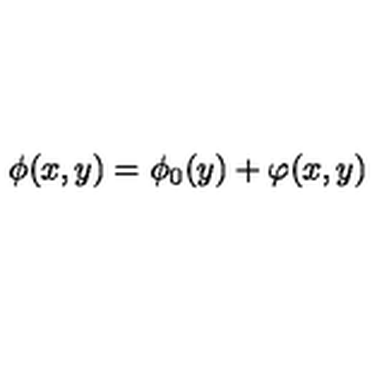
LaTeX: \phi ( x , y ) = \phi _ { 0 } ( y ) + \varphi ( x , y )